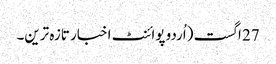
27 اگست (اُردو پوائنٹ اخبار تازہ ترین۔